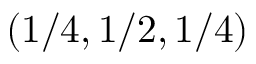
( 1 / 4 , 1 / 2 , 1 / 4 )